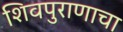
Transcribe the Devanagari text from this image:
शिवपुराणाचा